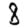
Digit: 8